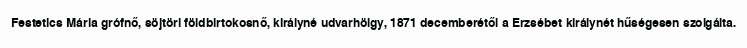
Festetics Mária grófnő, söjtöri földbirtokosnő, királyné udvarhölgy, 1871 decemberétől a Erzsébet királynét hűségesen szolgálta.